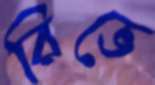
রিভে